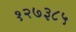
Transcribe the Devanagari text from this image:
१२७३८५